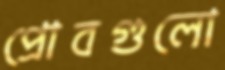
প্রোবগুলো